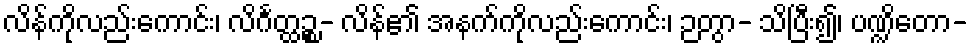
လိန်ကိုလည်းကောင်း၊ လိင်္ဂတ္ထဉ္စ- လိန်၏ အနက်ကိုလည်းကောင်း၊ ဉတွာ- သိပြီး၍၊ ပဏ္ဍိတော-